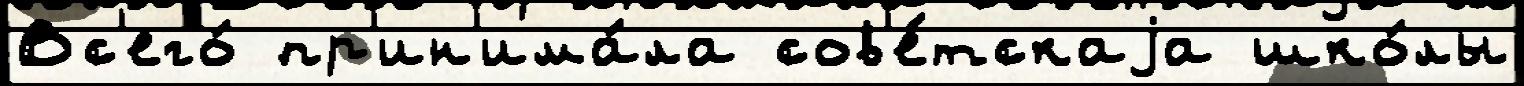
Вс'его́ пр'ин'има́ла сов'е́тскаjа шко́лы